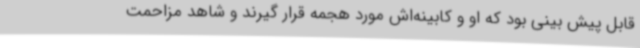
قابل پیش بینی بود که او و کابینه‌اش مورد هجمه قرار گیرند و شاهد مزاحمت